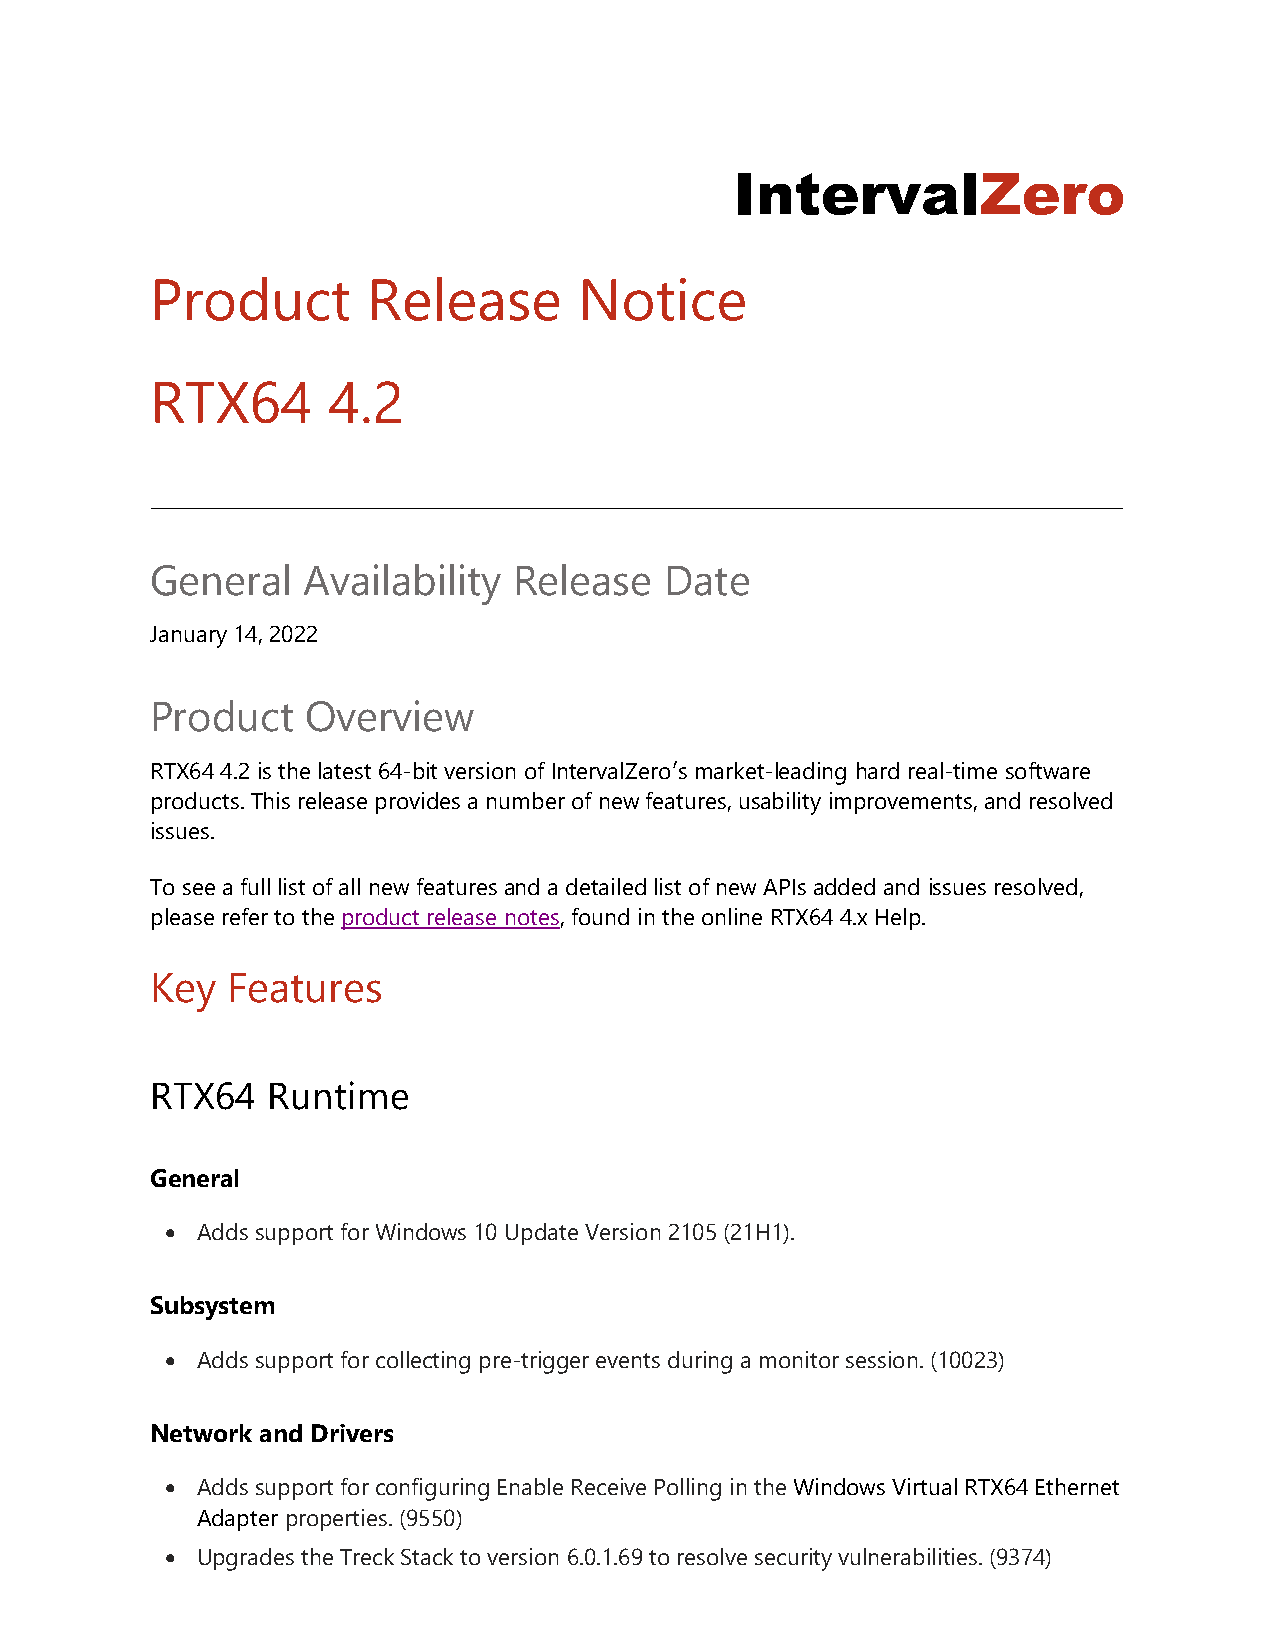
IntervalZero
 Product       Release       Notice
 RTX64       4.2
 General   Availability  Release   Date
 January 14, 2022
 Product   Overview
 RTX64 4.2 is the latest 64-bit version of IntervalZero′s market-leading hard real-time software
 products. This release provides a number of new features, usability improvements, and resolved
 issues.
 To see a full list of all new features and a detailed list of new APIs added and issues resolved,
 please refer to the product release notes, found in the online RTX64 4.x Help.
 Key  Features
 RTX64   Runtime
 General
  Adds support for Windows 10 Update Version 2105 (21H1).
 Subsystem
  Adds support for collecting pre-trigger events during a monitor session. (10023)
 Network and Drivers
  Adds support for configuring Enable Receive Polling in the Windows Virtual RTX64 Ethernet
 Adapter properties. (9550)
  Upgrades the Treck Stack to version 6.0.1.69 to resolve security vulnerabilities. (9374)